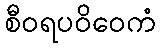
စီဝရပဝိဝေကံ